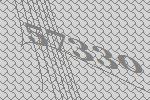
57330